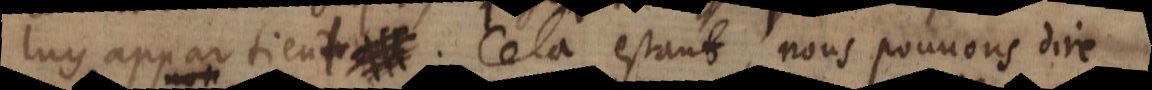
luy appartient. Cela estant, nous pouvons dire